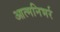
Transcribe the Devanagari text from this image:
आत्मनिभर्र